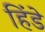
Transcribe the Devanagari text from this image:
हिंडे